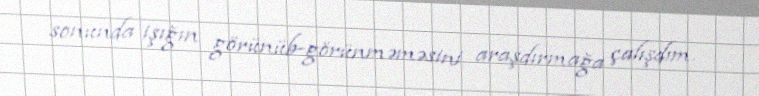
sonunda işığın görünüb-görünməməsini araşdırmağa çalışdım.